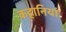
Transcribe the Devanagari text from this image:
कहानियां